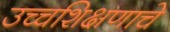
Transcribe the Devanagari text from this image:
उच्चशिक्षणाचे